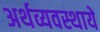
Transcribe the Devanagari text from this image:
अर्थव्यवस्थायें